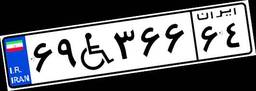
۶۹W۳۶۶۶۴